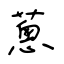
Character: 蔥